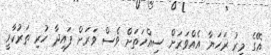
އޭގެ މީރު ރަހަޔާ އެއްވަރަށް ސިއްހަތަށް ވެސް ވަރަށް ފައިދާ ހުރި ތަރުކާރީ